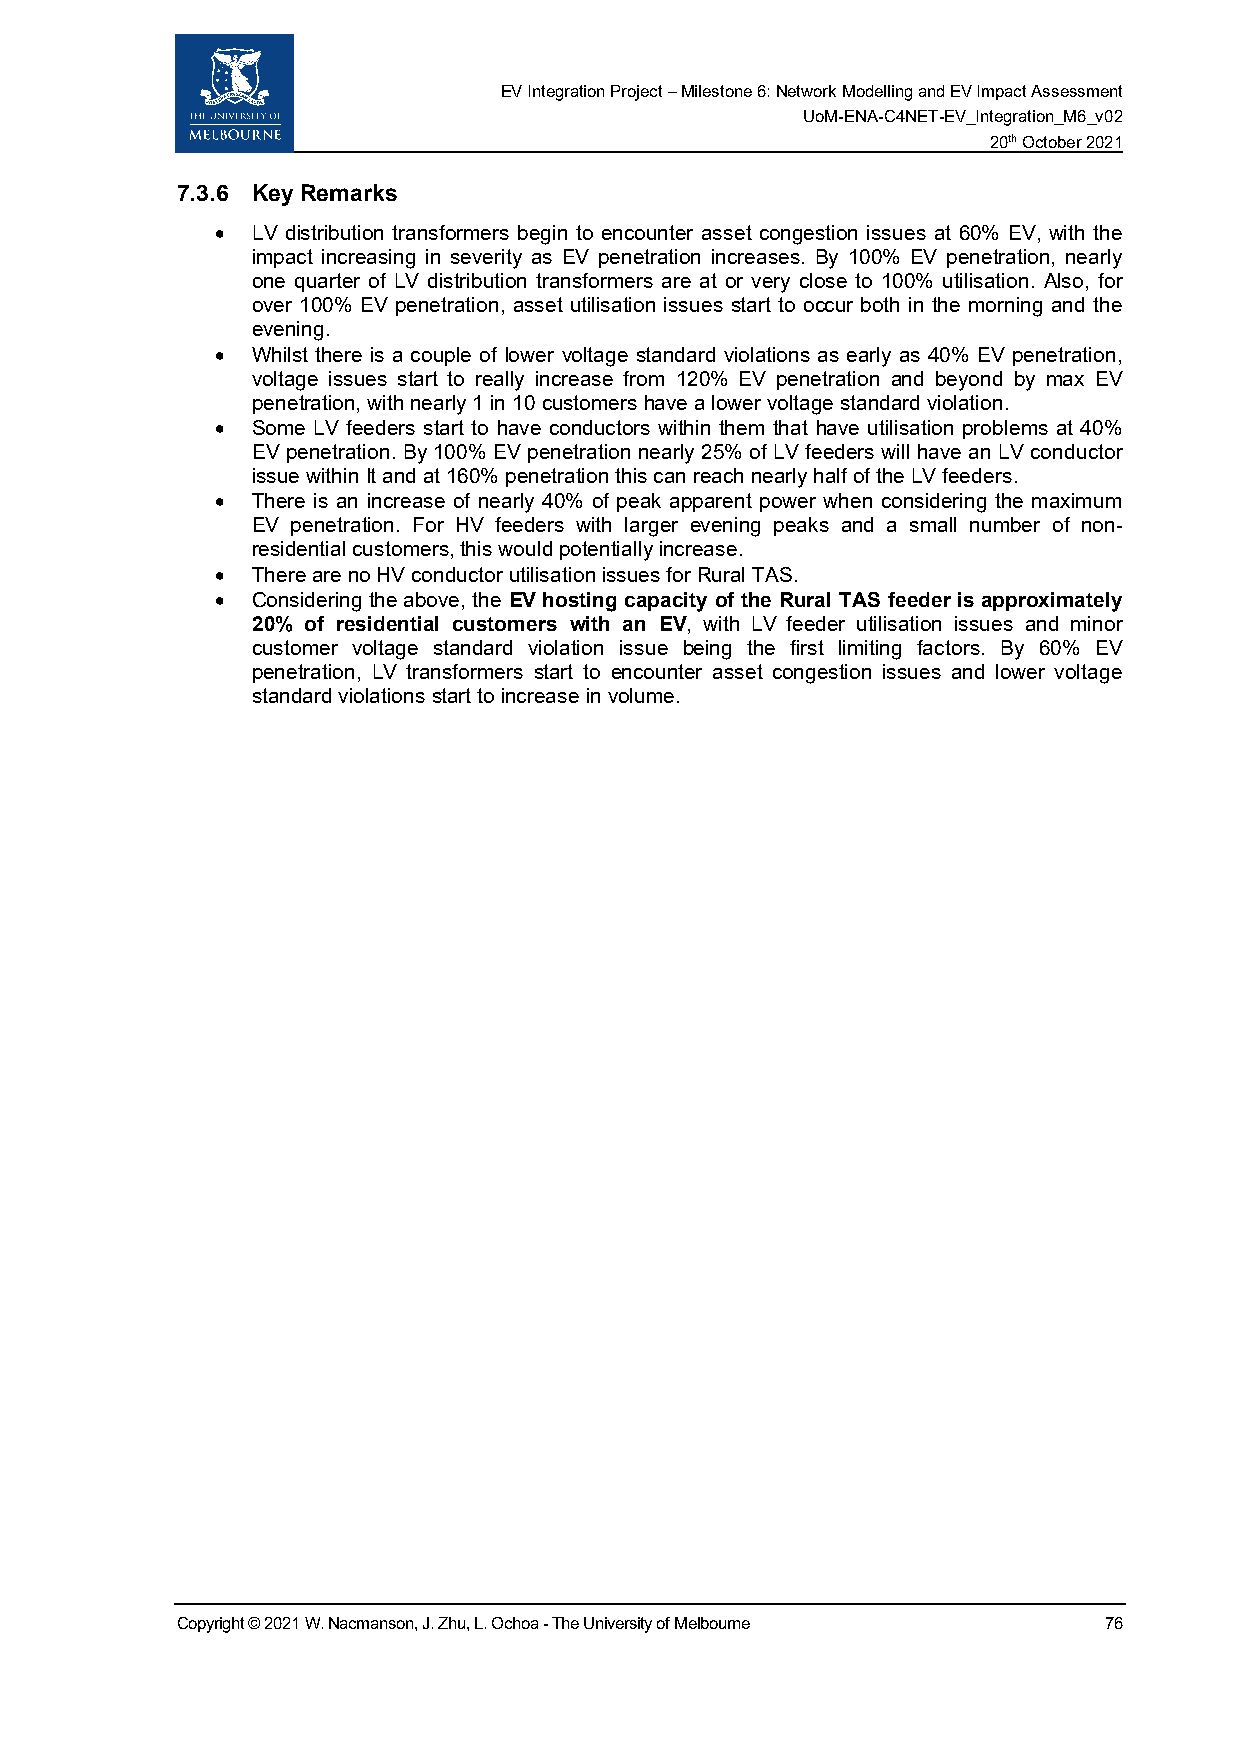
EV Integration Project – Milestone 6: Network Modelling and EV Impact Assessment
 UoM-ENA-C4NET-EV_Integration_M6_v02
 20th October 2021
 7.3.6 Key Remarks
 •  LV distribution transformers begin to encounter asset congestion issues at 60% EV, with the
 impact increasing in severity as EV penetration increases. By 100% EV penetration, nearly
 one quarter of LV distribution transformers are at or very close to 100% utilisation. Also, for
 over 100% EV penetration, asset utilisation issues start to occur both in the morning and the
 evening.
 •  Whilst there is a couple of lower voltage standard violations as early as 40% EV penetration,
 voltage issues start to really increase from 120% EV penetration and beyond by max EV
 penetration, with nearly 1 in 10 customers have a lower voltage standard violation.
 •  Some LV feeders start to have conductors within them that have utilisation problems at 40%
 EV penetration. By 100% EV penetration nearly 25% of LV feeders will have an LV conductor
 issue within It and at 160% penetration this can reach nearly half of the LV feeders.
 •  There is an increase of nearly 40% of peak apparent power when considering the maximum
 EV penetration. For HV feeders with larger evening peaks and a small number of non-
 residential customers, this would potentially increase.
 •  There are no HV conductor utilisation issues for Rural TAS.
 •  Considering the above, the EV hosting capacity of the Rural TAS feeder is approximately
 20% of residential customers with an EV, with LV feeder utilisation issues and minor
 customer voltage standard violation issue being the first limiting factors. By 60% EV
 penetration, LV transformers start to encounter asset congestion issues and lower voltage
 standard violations start to increase in volume.
 Copyright © 2021 W. Nacmanson, J. Zhu, L. Ochoa - The University of Melbourne 76